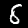
Digit: 8